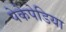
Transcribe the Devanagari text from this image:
पेकेपेडिया